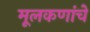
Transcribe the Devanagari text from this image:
मूलकणांचे